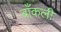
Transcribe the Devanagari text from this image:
बाँकली